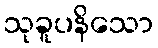
သုခူပနိသော